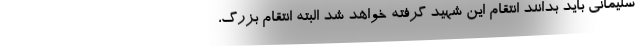
سلیمانی باید بدانند انتقام این شهید گرفته خواهد شد البته انتقام بزرگ،